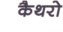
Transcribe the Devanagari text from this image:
कैथरो